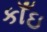
કાઁઇ